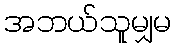
အဘယ်သူမျှမ